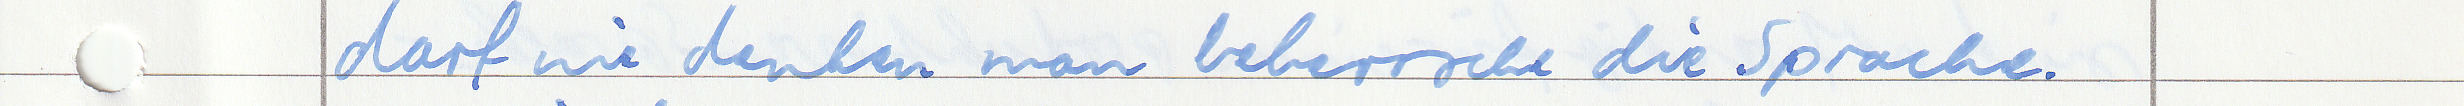
darf nie denken man beherrsche die Sprache.